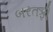
બરતફી